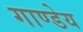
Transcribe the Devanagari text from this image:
गाण्डेय